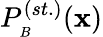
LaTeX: P_{_B}^{(st.)}(\mathbf{x})